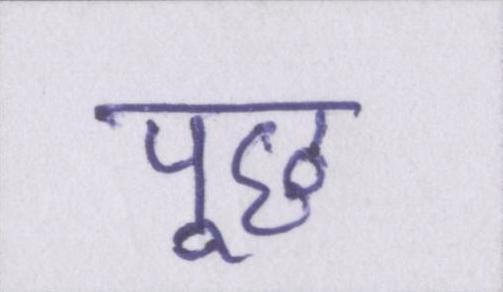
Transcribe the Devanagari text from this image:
पूछ